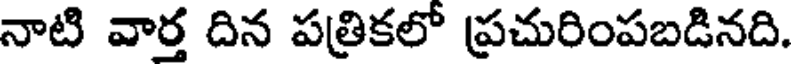
నాటి వార్త దిన పత్రికలో ప్రచురింపబడినది.